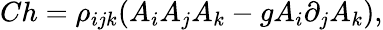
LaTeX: Ch=\rho_{ijk}(A_{i}A_{j}A_{k}-gA_{i}\partial_{j}A_{k}),